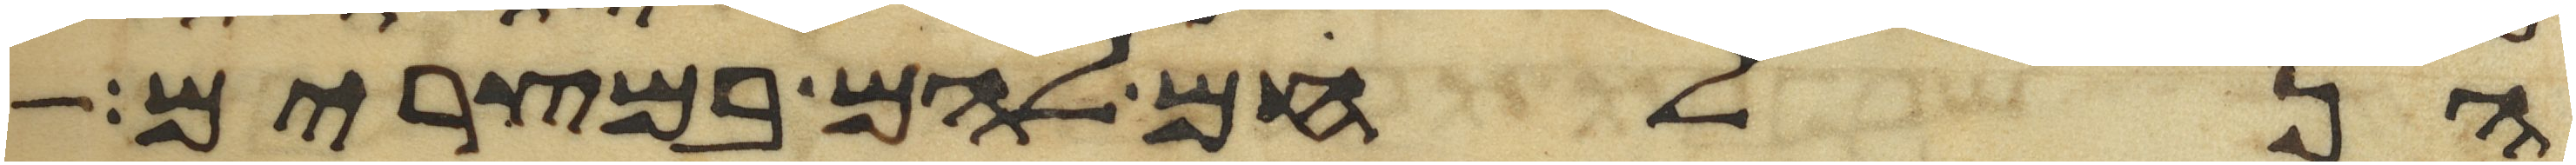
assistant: הנלחם להם במצרים